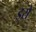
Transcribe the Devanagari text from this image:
इरो